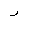
Letter: _ra